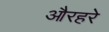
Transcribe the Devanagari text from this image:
औरहरे